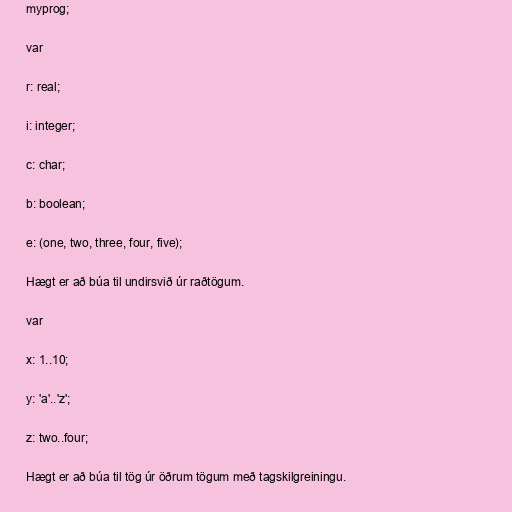
myprog;

var

r: real;

i: integer;

c: char;

b: boolean;

e: (one, two, three, four, five);

Hægt er að búa til undirsvið úr raðtögum.

var

x: 1..10;

y: 'a'..'z';

z: two..four;

Hægt er að búa til tög úr öðrum tögum með tagskilgreiningu.